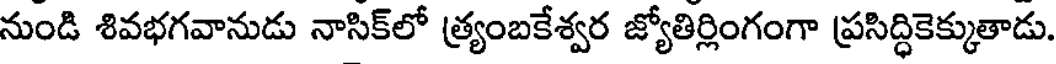
నుండి శివభగవానుడు నాసిక్లో త్ర్యంబకేశ్వర జ్యోతిర్లింగంగా ప్రసిద్ధికెక్కుతాడు.